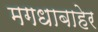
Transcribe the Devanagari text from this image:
मगधाबाहेर